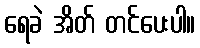
ရေခဲ အိတ် တင်ပေးပါ။